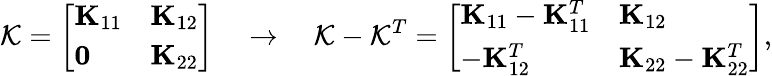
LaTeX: \mathcal{K}=\left[\begin{array}{ll}{\mathbf{K}_{11}}&{\mathbf{K}_{12}}\\ {\mathbf{0}}&{\mathbf{K}_{22}}\end{array}\right]\quad\rightarrow\quad\mathcal{K}-\mathcal{K}^{T}=\left[\begin{array}{ll}{\mathbf{K}_{11}-\mathbf{K}_{11}^{T}}&{\mathbf{K}_{12}}\\ {-\mathbf{K}_{12}^{T}}&{\mathbf{K}_{22}-\mathbf{K}_{22}^{T}}\end{array}\right],